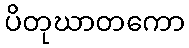
ပိတုဃာတကော